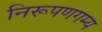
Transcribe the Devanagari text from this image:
निरूपणगम्य